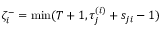
\zeta _ { i } ^ { - } = \operatorname* { m i n } ( T + 1 , \tau _ { j } ^ { ( i ) } + s _ { j i } - 1 )